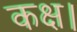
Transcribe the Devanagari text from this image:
कक्ष।